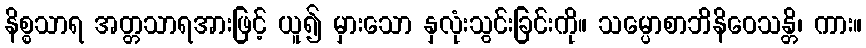
နိစ္စသာရ အတ္တသာရအားဖြင့် ယူ၍ မှားသော နှလုံးသွင်းခြင်းကို။ သမ္ပောစာဘိနိဝေသန္တိ၊ ကား။